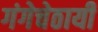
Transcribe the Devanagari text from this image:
गंगेचेठायीं